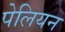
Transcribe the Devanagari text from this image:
पेलियन